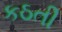
કઠતી